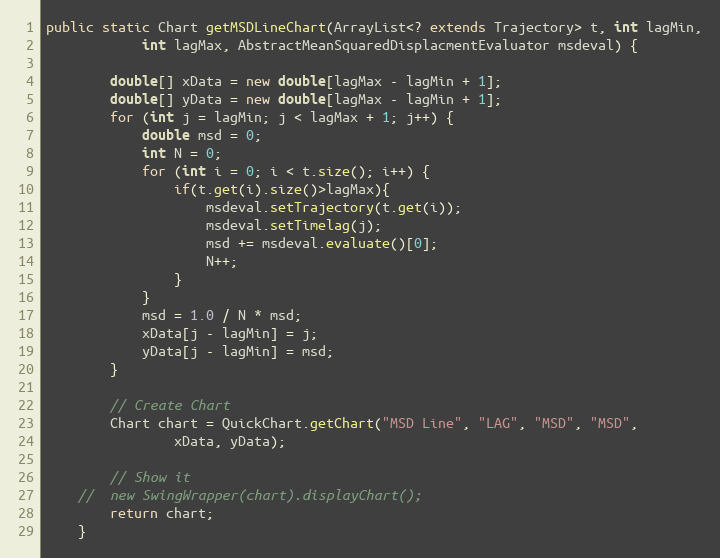
Language: Java
public static Chart getMSDLineChart(ArrayList<? extends Trajectory> t, int lagMin,
			int lagMax, AbstractMeanSquaredDisplacmentEvaluator msdeval) {

		double[] xData = new double[lagMax - lagMin + 1];
		double[] yData = new double[lagMax - lagMin + 1];
		for (int j = lagMin; j < lagMax + 1; j++) {
			double msd = 0;
			int N = 0;
			for (int i = 0; i < t.size(); i++) {
				if(t.get(i).size()>lagMax){
					msdeval.setTrajectory(t.get(i));
					msdeval.setTimelag(j);
					msd += msdeval.evaluate()[0];
					N++;
				}
			}
			msd = 1.0 / N * msd;
			xData[j - lagMin] = j;
			yData[j - lagMin] = msd;
		}

		// Create Chart
		Chart chart = QuickChart.getChart("MSD Line", "LAG", "MSD", "MSD",
				xData, yData);

		// Show it
	//	new SwingWrapper(chart).displayChart();
		return chart;
	}